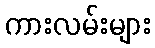
ကားလမ်းများ